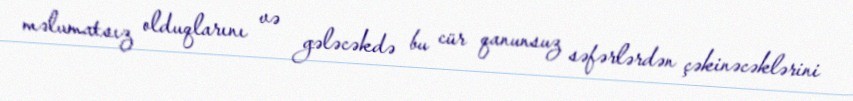
məlumatsız olduqlarını və gələcəkdə bu cür qanunsuz səfərlərdən çəkinəcəklərini